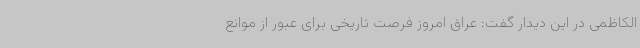
الکاظمی در این دیدار گفت: عراق امروز فرصت تاریخی برای عبور از موانع